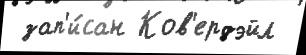
 зап'и́сан Ков'ердэйл